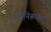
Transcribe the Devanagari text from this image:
भेदनिरूपण